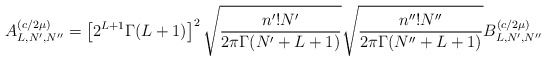
\begin{align*}A^{(c/2\mu )}_{L,N',N^{\prime\prime}}=\left[2^{L+1}\Gamma (L+1)\right]^2\sqrt {\frac {n'!N'}{2\pi\Gamma (N'+L+1)}}\sqrt {\frac {n^{\prime\prime}!N^{\prime\prime}}{2\pi\Gamma (N^{\prime\prime}+L+1)}}B^{(c/2\mu )}_{L,N',N^{\prime\prime}}\end{align*}